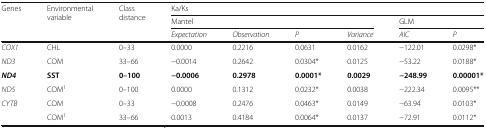
| <ROWSPAN=3> Genes | <ROWSPAN=3> Environmental variable | <ROWSPAN=3> Class distance | <COLSPAN=6> Ka/Ks |
 | <COLSPAN=4> Mantel | <COLSPAN=2> GLM |
 | Expectation | Observation | P | Variance | AIC | P |
 | --- | --- | --- | --- | --- | --- | --- | --- | --- |
 | COX1 | CHL | 0–33 | 0.0000 | 0.2216 | 0.0631 | 0.0162 | −122.01 | 0.0298* |
 | ND3 | COM | 33–66 | −0.0014 | 0.2642 | 0.0304* | 0.0125 | −53.22 | 0.0188* |
 | ND4 | SST | 0–100 | −0.0006 | 0.2978 | 0.0001* | 0.0029 | −248.99 | 0.00001* |
 | ND5 | COM1 | 0–100 | 0.0000 | 0.1312 | 0.0232* | 0.0038 | −222.34 | 0.0095** |
 | <ROWSPAN=2> CYTB | COM | 0–33 | −0.0008 | 0.2476 | 0.0463* | 0.0149 | −63.94 | 0.0103* |
 | COM1 | 33–66 | 0.0013 | 0.4184 | 0.0064* | 0.0137 | −72.91 | 0.0112* |